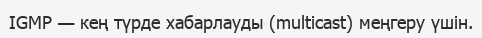
IGMP — кең түрде хабарлауды (multicast) меңгеру үшін.